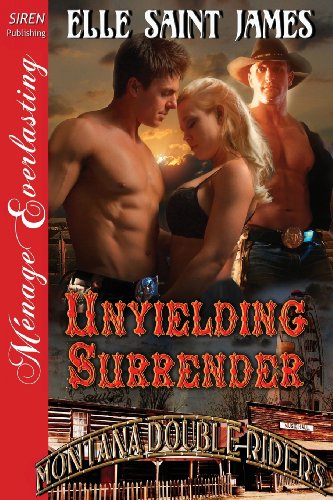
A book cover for Unyielding Surrender [Montana Double Riders 2] (Siren Publishing Menage Everlasting); Elle Saint James; Romance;